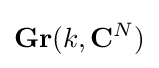
\mathbf {Gr} (k,\mathbf {C} ^{N})